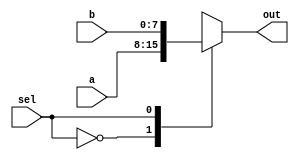
`timescale 1ns / 1ps
`define n 8

// mux using case
module mux2 #(parameter size = 8)(a, b, sel, out);
    input [size-1:0] a, b;
    input sel;
    output reg [size-1:0] out;
    
    always @(sel)
        case(sel)
            1'b0: out = a;
            1'b1: out = b;
        endcase
    // assign output = sel ? a : b
    
endmodule